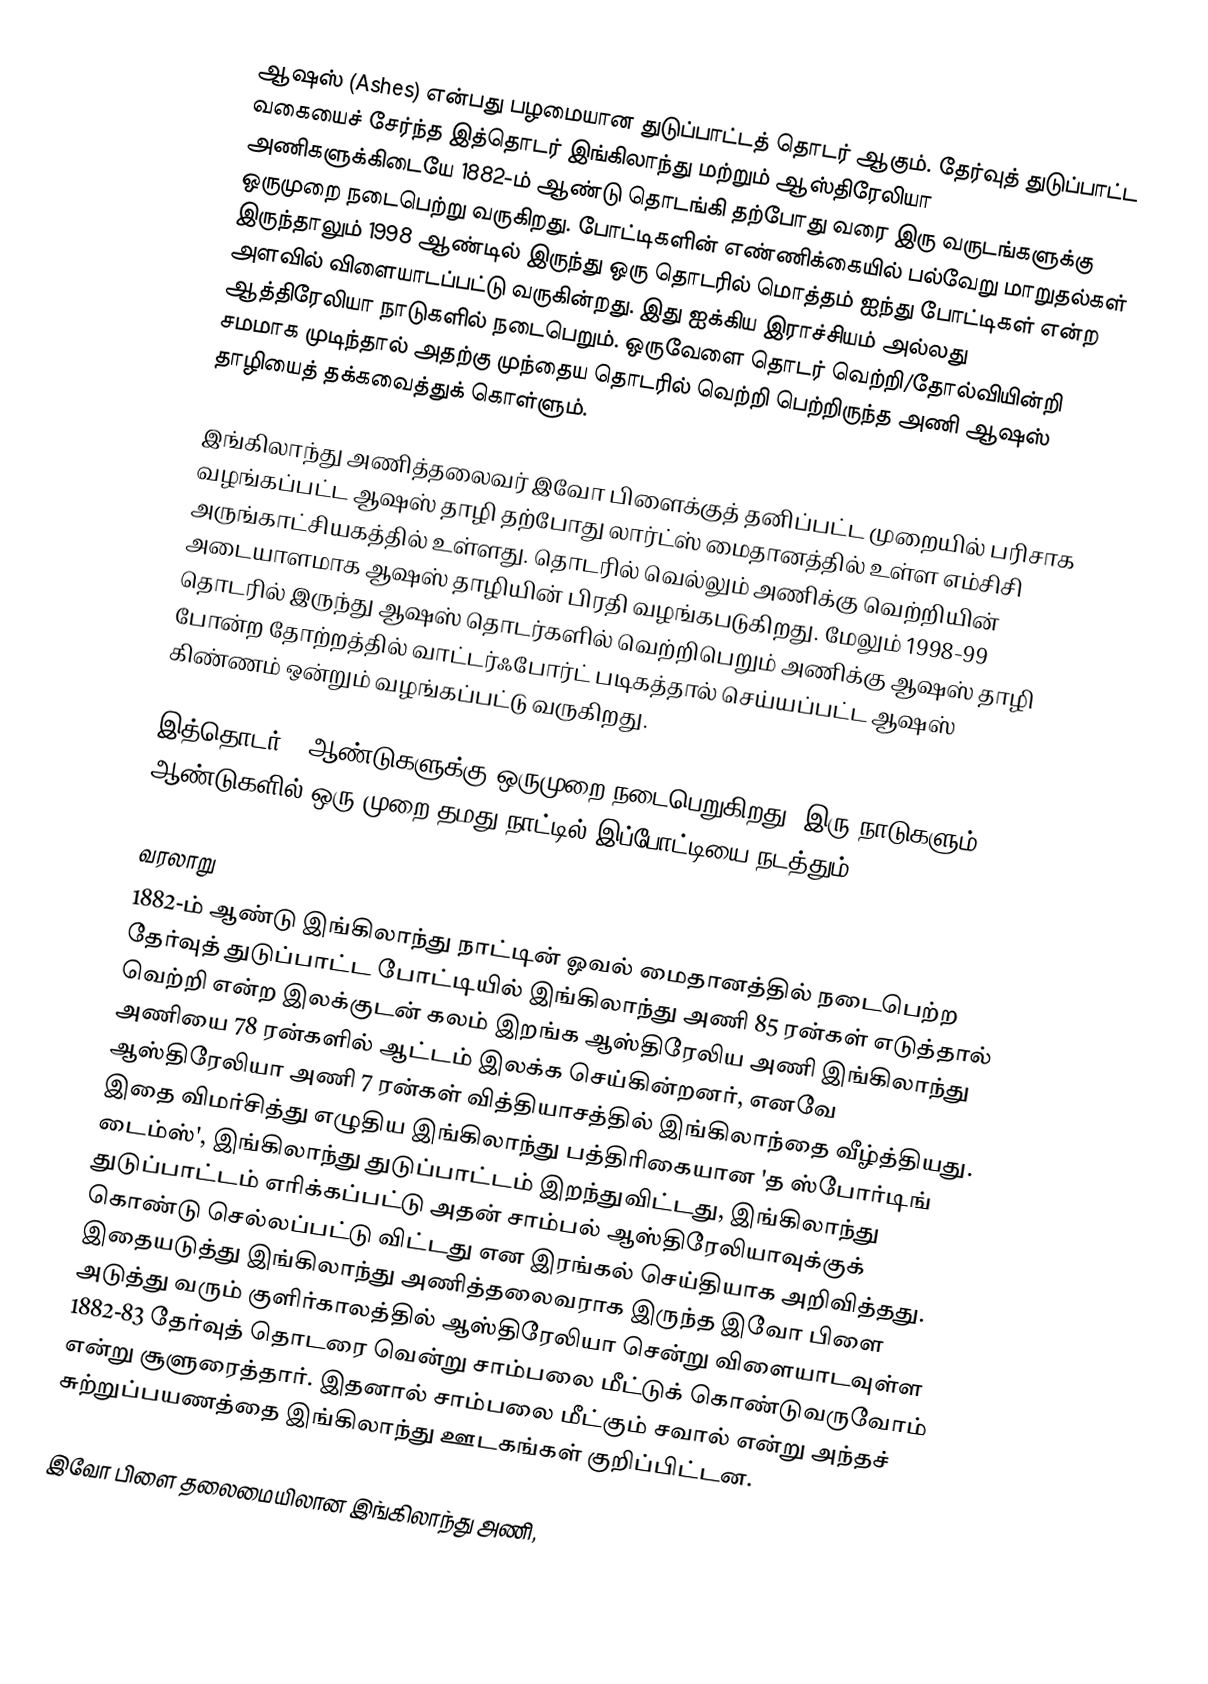
ஆஷஸ் (Ashes) என்பது பழமையான துடுப்பாட்டத் தொடர் ஆகும். தேர்வுத் துடுப்பாட்ட வகையைச் சேர்ந்த இத்தொடர் இங்கிலாந்து மற்றும் ஆஸ்திரேலியா அணிகளுக்கிடையே 1882-ம் ஆண்டு தொடங்கி தற்போது வரை இரு வருடங்களுக்கு ஒருமுறை நடைபெற்று வருகிறது. போட்டிகளின் எண்ணிக்கையில் பல்வேறு மாறுதல்கள் இருந்தாலும் 1998 ஆண்டில் இருந்து ஒரு தொடரில் மொத்தம் ஐந்து போட்டிகள் என்ற அளவில் விளையாடப்பட்டு வருகின்றது. இது ஐக்கிய இராச்சியம் அல்லது ஆத்திரேலியா நாடுகளில் நடைபெறும். ஒருவேளை தொடர் வெற்றி/தோல்வியின்றி சமமாக முடிந்தால் அதற்கு முந்தைய தொடரில் வெற்றி பெற்றிருந்த அணி ஆஷஸ் தாழியைத் தக்கவைத்துக் கொள்ளும்.

இங்கிலாந்து அணித்தலைவர் இவோ பிளைக்குத் தனிப்பட்ட முறையில் பரிசாக வழங்கப்பட்ட ஆஷஸ் தாழி தற்போது லார்ட்ஸ் மைதானத்தில் உள்ள எம்சிசி அருங்காட்சியகத்தில் உள்ளது. தொடரில் வெல்லும் அணிக்கு வெற்றியின் அடையாளமாக ஆஷஸ் தாழியின் பிரதி வழங்கபடுகிறது. மேலும் 1998-99 தொடரில் இருந்து ஆஷஸ் தொடர்களில் வெற்றிபெறும் அணிக்கு ஆஷஸ் தாழி போன்ற தோற்றத்தில் வாட்டர்ஃபோர்ட் படிகத்தால் செய்யப்பட்ட ஆஷஸ் கிண்ணம் ஒன்றும் வழங்கப்பட்டு வருகிறது.

இத்தொடர் 2 ஆண்டுகளுக்கு ஒருமுறை நடைபெறுகிறது. இரு நாடுகளும் 2 ஆண்டுகளில் ஒரு முறை தமது நாட்டில் இப்போட்டியை நடத்தும்.

வரலாறு
1882-ம் ஆண்டு இங்கிலாந்து நாட்டின் ஓவல் மைதானத்தில் நடைபெற்ற தேர்வுத் துடுப்பாட்ட போட்டியில் இங்கிலாந்து அணி 85 ரன்கள் எடுத்தால் வெற்றி என்ற இலக்குடன் கலம் இறங்க ஆஸ்திரேலிய அணி இங்கிலாந்து அணியை 78 ரன்களில் ஆட்டம் இலக்க செய்கின்றனர், எனவே ஆஸ்திரேலியா அணி 7 ரன்கள் வித்தியாசத்தில் இங்கிலாந்தை வீழ்த்தியது. இதை விமர்சித்து எழுதிய இங்கிலாந்து பத்திரிகையான 'த ஸ்போர்டிங் டைம்ஸ்',  இங்கிலாந்து துடுப்பாட்டம் இறந்துவிட்டது, இங்கிலாந்து துடுப்பாட்டம் எரிக்கப்பட்டு அதன் சாம்பல் ஆஸ்திரேலியாவுக்குக் கொண்டு செல்லப்பட்டு விட்டது என இரங்கல் செய்தியாக அறிவித்தது. இதையடுத்து இங்கிலாந்து அணித்தலைவராக இருந்த இவோ பிளை அடுத்து வரும் குளிர்காலத்தில் ஆஸ்திரேலியா சென்று விளையாடவுள்ள 1882-83 தேர்வுத் தொடரை வென்று சாம்பலை மீட்டுக் கொண்டுவருவோம் என்று சூளுரைத்தார். இதனால் சாம்பலை மீட்கும் சவால் என்று அந்தச் சுற்றுப்பயணத்தை இங்கிலாந்து ஊடகங்கள் குறிப்பிட்டன.

இவோ பிளை தலைமையிலான இங்கிலாந்து அணி,